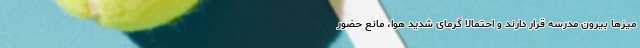
میز‌ها بیرون مدرسه قرار دارند و احتمالا گرمای شدید هوا، مانع حضور